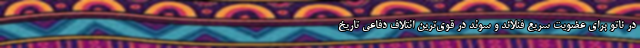
در ناتو برای عضویت سریع فنلاند و سوئد در قوی‌ترین ائتلاف دفاعی تاریخ